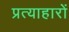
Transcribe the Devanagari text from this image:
प्रत्याहारों